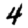
Digit: 4